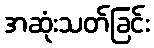
အဆုံးသတ်ခြင်း